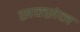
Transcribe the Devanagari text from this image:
सक्सेन